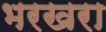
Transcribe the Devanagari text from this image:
भरखरा